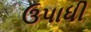
ઉપાધી